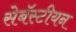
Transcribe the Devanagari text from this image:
सेबॅस्टीयन